画像に写った文字を読んでください
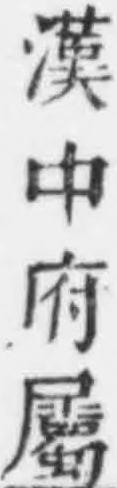
「漢中府屬」と書いてあります